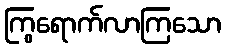
ကြွရောက်လာကြသော